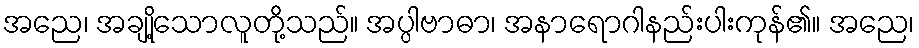
အညေ၊ အချို့သောလူတို့သည်။ အပ္ပါဗာဓာ၊ အနာရောဂါနည်းပါးကုန်၏။ အညေ၊